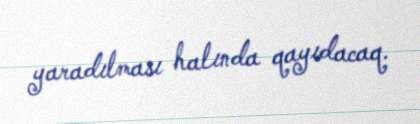
yaradılması halında qayıdacaq.